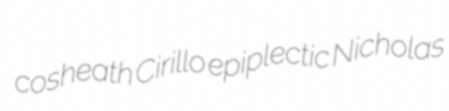
cosheath Cirillo epiplectic Nicholas